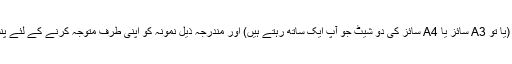
کاغذ کے ٹکڑے کو منتخب کریں (یا تو A3 سائز یا A4 سائز کی دو شیٹ جو آپ ایک ساتھ رہتے ہیں) اور مندرجہ ذیل نمونہ کو اپنی طرف متوجہ کرنے کے لئے پنسل اور حکمران کا استعمال کریں۔